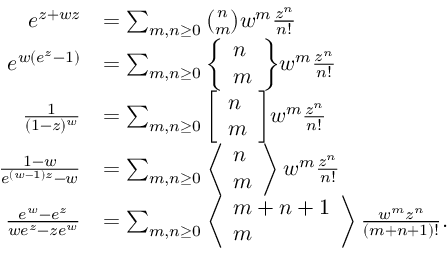
{ \begin{array} { r l } { e ^ { z + w z } } & { = \sum _ { m , n \geq 0 } { \binom { n } { m } } w ^ { m } { \frac { z ^ { n } } { n ! } } } \\ { e ^ { w ( e ^ { z } - 1 ) } } & { = \sum _ { m , n \geq 0 } { \left\{ \begin{array} { l } { n } \\ { m } \end{array} \right\} } w ^ { m } { \frac { z ^ { n } } { n ! } } } \\ { { \frac { 1 } { ( 1 - z ) ^ { w } } } } & { = \sum _ { m , n \geq 0 } { \left[ \begin{array} { l } { n } \\ { m } \end{array} \right] } w ^ { m } { \frac { z ^ { n } } { n ! } } } \\ { { \frac { 1 - w } { e ^ { ( w - 1 ) z } - w } } } & { = \sum _ { m , n \geq 0 } \left\langle { \begin{array} { l } { n } \\ { m } \end{array} } \right\rangle w ^ { m } { \frac { z ^ { n } } { n ! } } } \\ { { \frac { e ^ { w } - e ^ { z } } { w e ^ { z } - z e ^ { w } } } } & { = \sum _ { m , n \geq 0 } \left\langle { \begin{array} { l } { m + n + 1 } \\ { m } \end{array} } \right\rangle { \frac { w ^ { m } z ^ { n } } { ( m + n + 1 ) ! } } . } \end{array} }